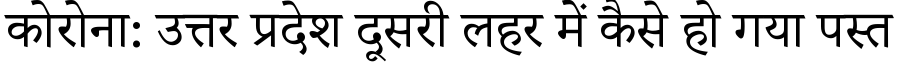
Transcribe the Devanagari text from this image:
कोरोना: उत्तर प्रदेश दूसरी लहर में कैसे हो गया पस्त